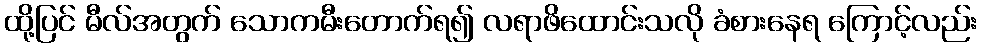
ထို့ပြင် မီလ်အတွက် သောကမီးတောက်ရ၍ လရာဖိထောင်းသလို ခံစားနေရ ကြောင့်လည်း